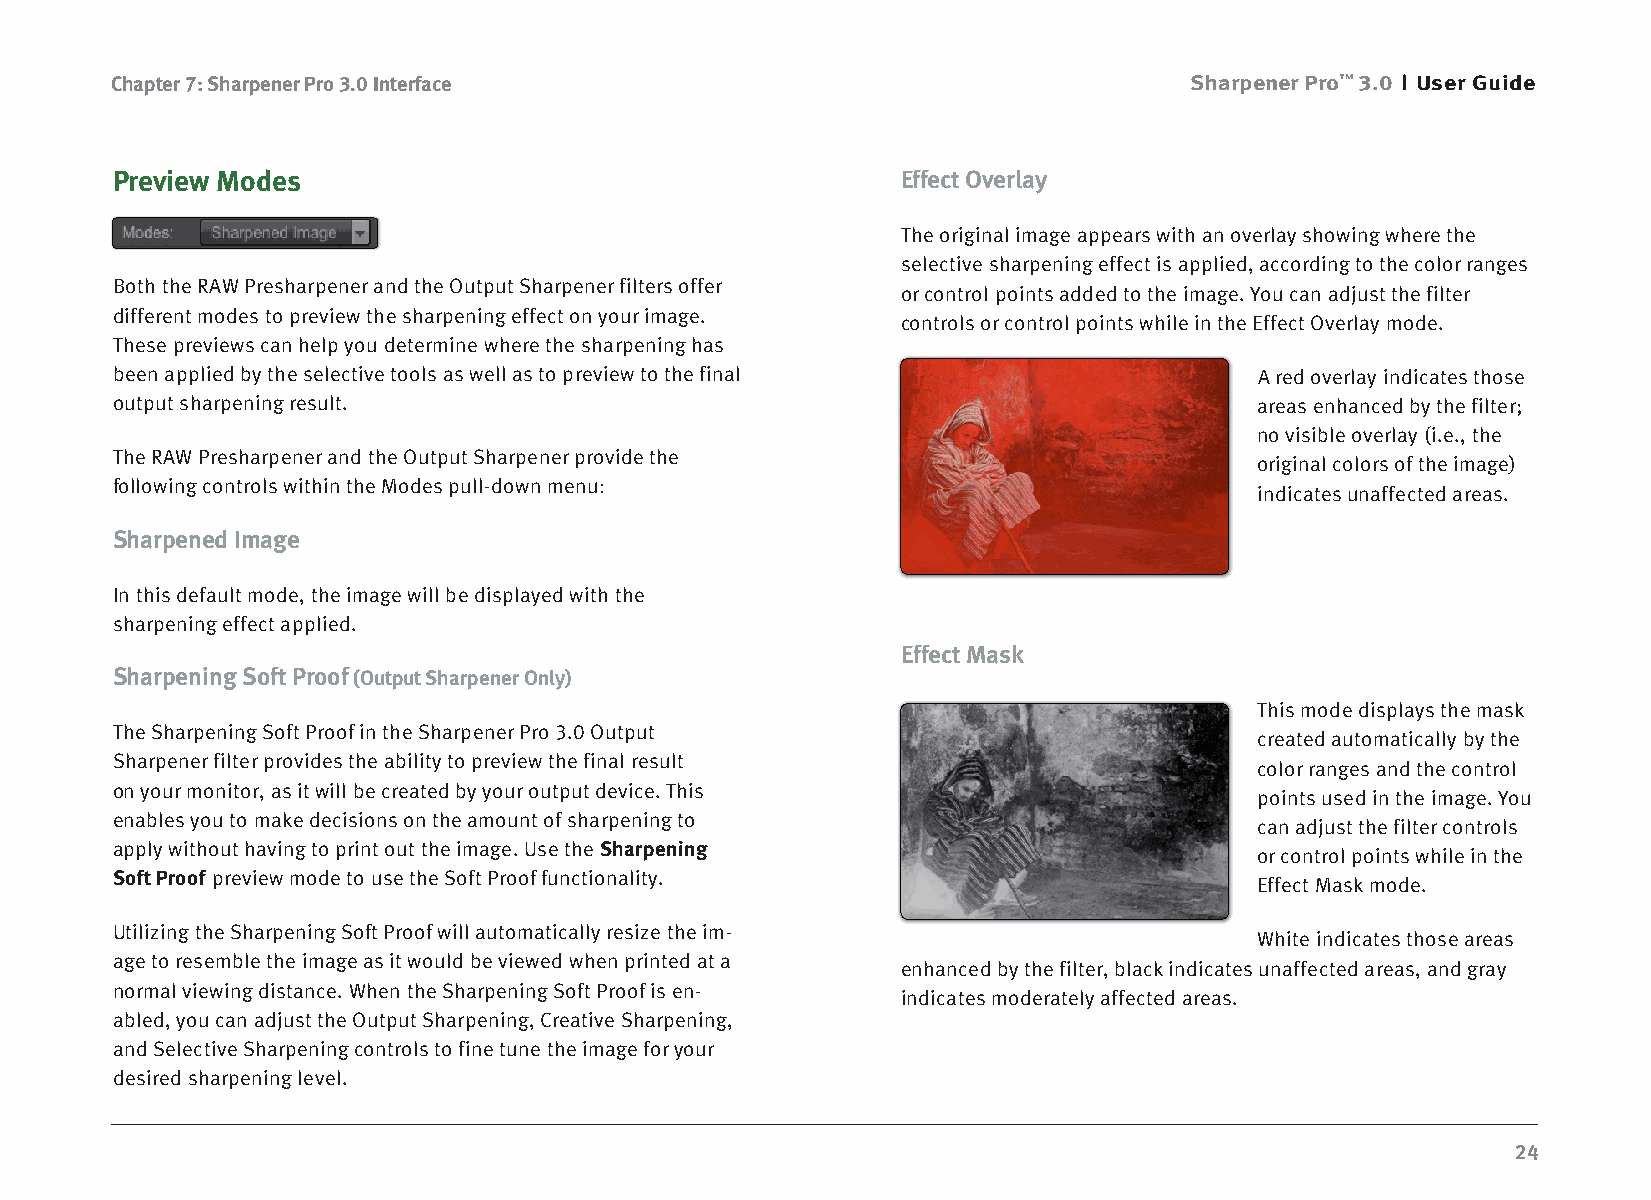
Chapter 7: Sharpener Pro 3.0 Interface                                  Sharpener Pro™ 3.0 User Guide
 Preview Modes                                        Effect Overlay
 The original image appears with an overlay showing where the
 selective sharpening effect is applied, according to the color ranges
 Both the RAW Presharpener and the Output Sharpener filters offer
 or control points added to the image. You can adjust the filter
 different modes to preview the sharpening effect on your image.
 controls or control points while in the Effect Overlay mode.
 These previews can help you determine where the sharpening has
 been applied by the selective tools as well as to preview to the final      A red overlay indicates those
 output sharpening result.                                                   areas enhanced by the filter;
 no visible overlay (i.e., the
 The RAW Presharpener and the Output Sharpener provide the
 original colors of the image)
 following controls within the Modes pull-down menu:
 indicates unaffected areas.
 Sharpened Image
 In this default mode, the image will be displayed with the
 sharpening effect applied.
 Effect Mask
 Sharpening Soft Proof (Output Sharpener Only)
 This mode displays the mask
 The Sharpening Soft Proof in the Sharpener Pro 3.0 Output
 created automatically by the
 Sharpener filter provides the ability to preview the final result
 color ranges and the control
 on your monitor, as it will be created by your output device. This
 points used in the image. You
 enables you to make decisions on the amount of sharpening to
 can adjust the filter controls
 apply without having to print out the image. Use the Sharpening
 or control points while in the
 Soft Proof preview mode to use the Soft Proof functionality.
 Effect Mask mode.
 Utilizing the Sharpening Soft Proof will automatically resize the im-
 White indicates those areas
 age to resemble the image as it would be viewed when printed at a
 enhanced by the filter, black indicates unaffected areas, and gray
 normal viewing distance. When the Sharpening Soft Proof is en-
 indicates moderately affected areas.
 abled, you can adjust the Output Sharpening, Creative Sharpening,
 and Selective Sharpening controls to fine tune the image for your
 desired sharpening level.
 24